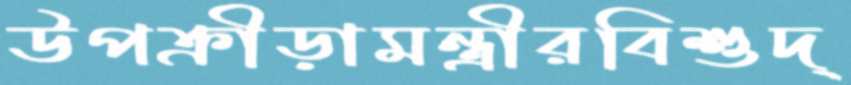
উপক্রীড়ামন্ত্রীরবিশুদ্